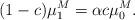
LaTeX: \begin{gather*}(1-c) \mu_{1}^{M}=\alpha c\mu_{0}^{M}.\end{gather*}